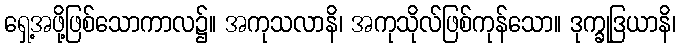
ရှေ့အဖို့ဖြစ်သောကာလ၌။ အကုသလာနိ၊ အကုသိုလ်ဖြစ်ကုန်သော။ ဒုက္ခုဒြယာနိ၊